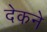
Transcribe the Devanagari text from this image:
देकने